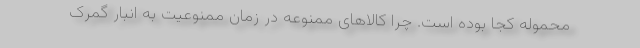
محموله کجا بوده است. چرا کالاهای ممنوعه در زمان ممنوعیت به انبار گمرک